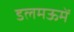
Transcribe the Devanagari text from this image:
डलमऊमें